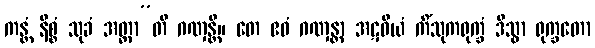
ကန္တံ နိစ္စံ သုခံ အတ္တာ”တိ ဂဏှန္တိ။ တေ ဧဝံ ဂဏှန္တာ အဋဝိယံ ကိံသုကရုက္ခံ ဒိသွာ ရုက္ခတော